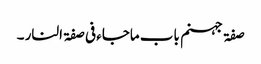
صفۃ جہنم باب ماجاء فی صفۃ النار ۔